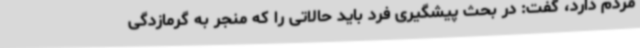
مردم دارد، گفت: در بحث پیشگیری فرد باید حالاتی را که منجر به گرمازدگی